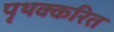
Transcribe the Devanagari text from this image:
पृथक्करित